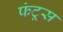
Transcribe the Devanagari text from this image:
फंटूस